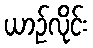
ယာဉ်လိုင်း